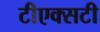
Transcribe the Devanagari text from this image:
टीएक्सटी